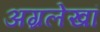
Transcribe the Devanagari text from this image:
अग्रलेखां